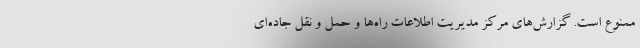
ممنوع است. گزارش‌های مرکز مدیریت اطلاعات راه‌ها و حمل و نقل جاده‌ای